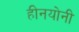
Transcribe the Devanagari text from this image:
हीनयोनी